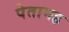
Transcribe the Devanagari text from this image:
पेतामह